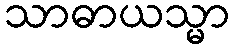
သာဓာယသ္မာ